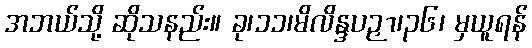
အဘယ်သို့ ဆိုသနည်း။ ခု၊၁၁၊မိလိန္ဒပဉှာ၊၃၆၊ မှယူရန်